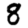
Digit: 8